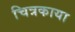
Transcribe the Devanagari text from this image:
चित्रकाया